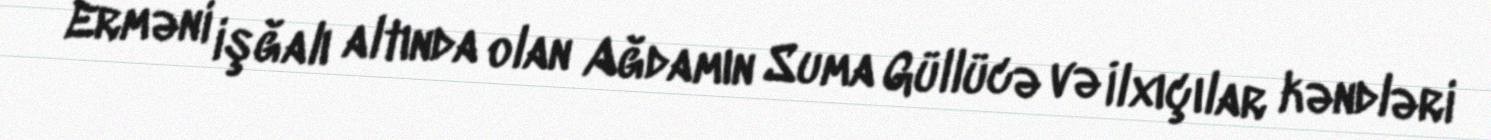
Erməni işğalı altında olan Ağdamın Suma Güllücə və İlxıçılar kəndləri